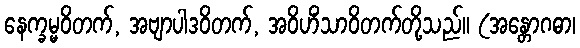
နေက္ခမ္မဝိတက်, အဗျာပါဒဝိတက်, အဝိဟိံသာဝိတက်တို့သည်။ (အန္တောဂဓာ၊